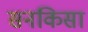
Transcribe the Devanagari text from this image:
सनकिसा